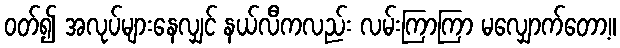
ဝတ်၍ အလုပ်များနေလျှင် နယ်လီကလည်း လမ်းကြာကြာ မလျှောက်တော့။